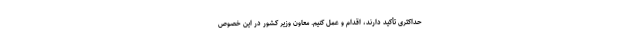
حداکثری تأکید دارند، اقدام و عمل کنیم. معاون وزیر کشور در این خصوص